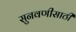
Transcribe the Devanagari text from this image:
सुनवणीसाठी